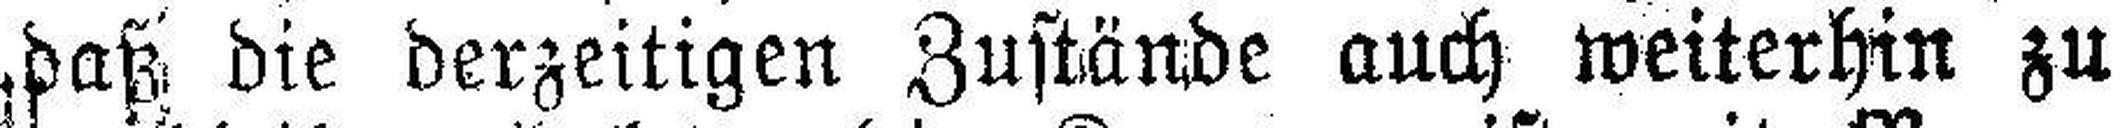
daß die derzeitigen Zustände auch weiterhin zu